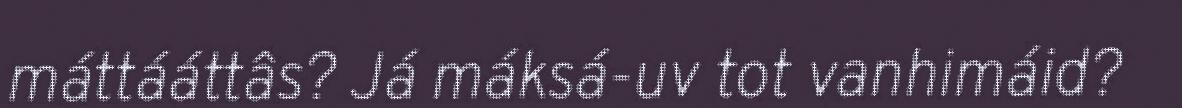
máttááttâs? Já máksá-uv tot vanhimáid?